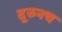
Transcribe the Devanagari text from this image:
दूरुनच